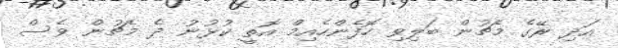
އަދި ރޭގެ މެޗުން ބަލިވި ހޮފެންހެއިމް އޮތީ ކުޅުނު ދެ މެޗުން ވެސް